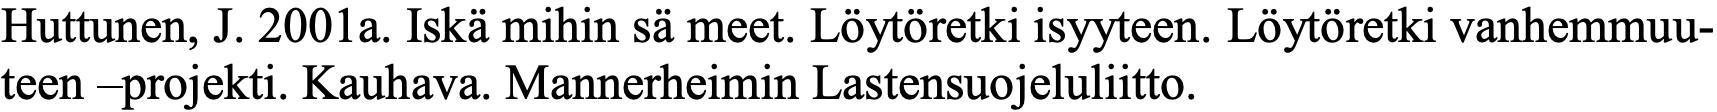
Huttunen, J. 2001a. Iskä mihin sä meet. Löytöretki isyyteen. Löytöretki vanhemmuu- teen –projekti. Kauhava. Mannerheimin Lastensuojeluliitto.